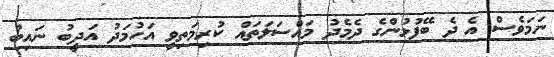
ނަމަވެސް އެ ދެ ބޭފުޅުންގެ ދެމެދު މައްސަލަތައް ކުރިމަތިވީ އަހުމަދު އަދީބު ނައިބު